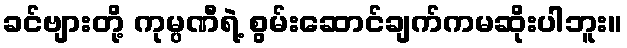
ခင်ဗျားတို့ ကုမ္ပဏီရဲ့ စွမ်းဆောင်ချက်ကမဆိုးပါဘူး။